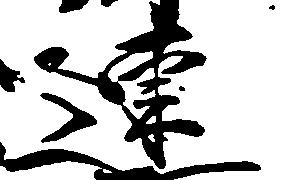
連